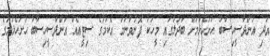
އަދި އަންދާސީހިސާބު ހުށަހެޅުމަށް ބަދަލުގައި މީހަކު ފޮނުވާނަމަ އެކަމުގެ ސިޓީއެއް އަންދާސީހިސާބު ހުށަހެޅުމުގެ